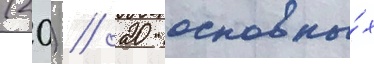
(20) // 20 основны́х